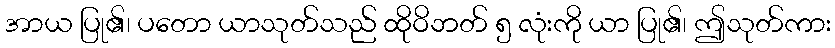
အာယ ပြု၏၊ ပတော ယာသုတ်သည် ထိုဝိဘတ် ၅ လုံးကို ယာ ပြု၏၊ ဤသုတ်ကား